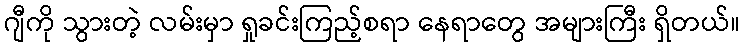
ဂျီကို သွားတဲ့ လမ်းမှာ ရှုခင်းကြည့်စရာ နေရာတွေ အများကြီး ရှိတယ်။